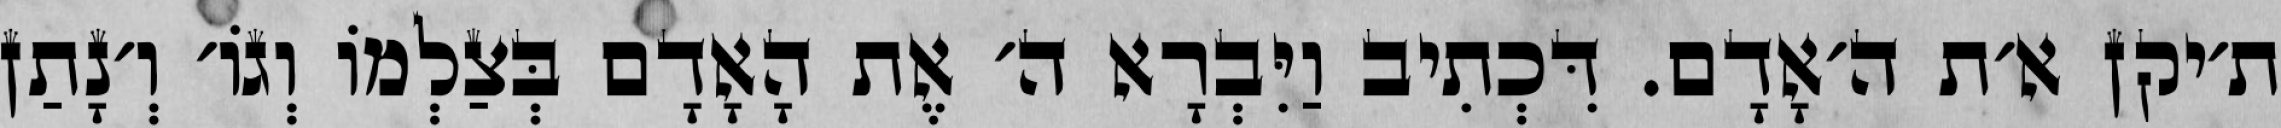
ת׳יקן א׳ת ה׳אָדָם. דִּכְתִיב וַיִּבְרָא ה׳ אֶת הָאָדָם בְּצַלְמוֹ וְגוֹ׳ וְ׳נָתַן